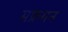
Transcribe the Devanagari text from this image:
सफ्रगन